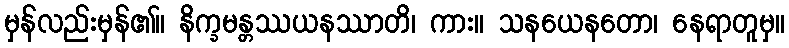
မှန်လည်းမှန်၏။ နိက္ခမန္တဿယနဿာတိ၊ ကား။ သနယေနတော၊ နေရာတူမှ။